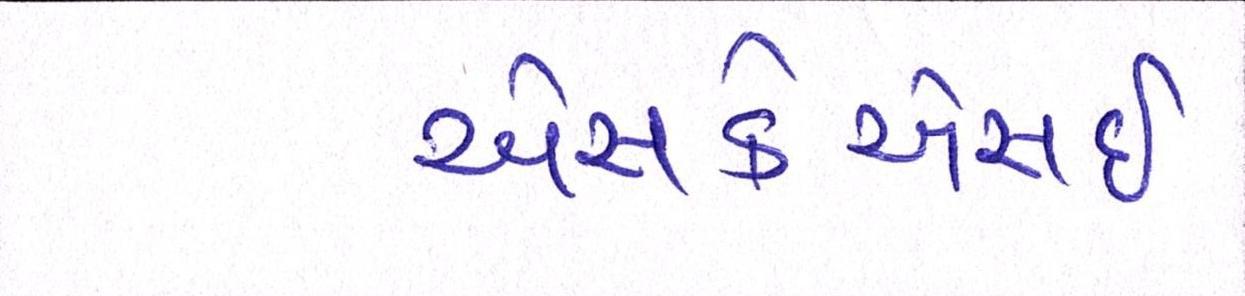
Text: એસકેએસઈ